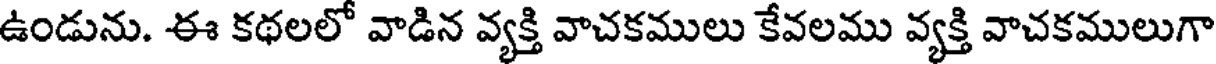
ఉండును. ఈ కథలలో వాడిన వ్యక్తి వాచకములు కేవలము వ్యక్తి వాచకములుగా